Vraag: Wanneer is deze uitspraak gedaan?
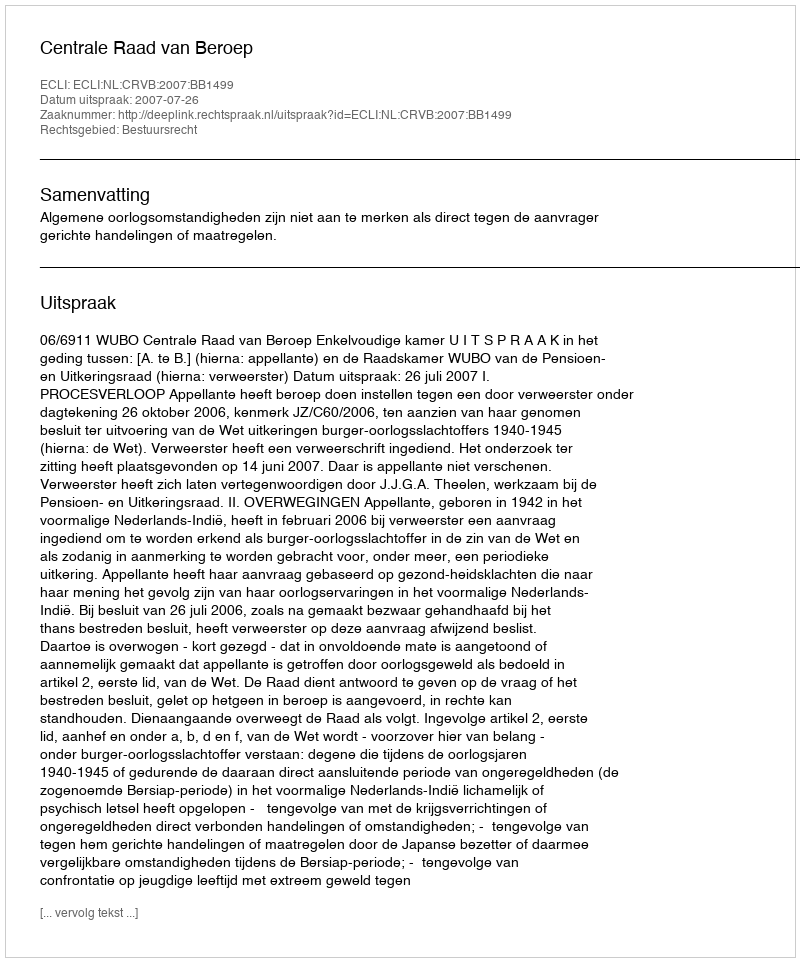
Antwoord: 2007-07-26